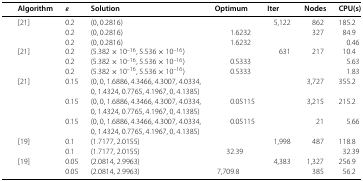
<table><thead><tr><td>[EMPTY_CELL]</td><td><b>Algorithm</b></td><td><b><i>ε</i></b></td><td><b>Solution</b></td><td><b>Optimum</b></td><td><b>Iter</b></td><td><b>Nodes</b></td><td><b>CPU(s)</b></td></tr></thead><tbody><tr><td rowspan="3">[EMPTY_CELL]</td><td>[21]</td><td>0.2</td><td>(0, 0.2816)</td><td>[EMPTY_CELL]</td><td>5,122</td><td>862</td><td>185.2</td></tr><tr><td>[EMPTY_CELL]</td><td>0.2</td><td>(0, 0.2816)</td><td>1.6232</td><td>[EMPTY_CELL]</td><td>327</td><td>84.9</td></tr><tr><td>[EMPTY_CELL]</td><td>0.2</td><td>(0, 0.2816)</td><td>1.6232</td><td>[EMPTY_CELL]</td><td>[EMPTY_CELL]</td><td>0.46</td></tr><tr><td rowspan="3">[EMPTY_CELL]</td><td>[21]</td><td>0.2</td><td>(5.382 × 10<sup>−16</sup>, 5.536 × 10<sup>−16</sup>)</td><td>[EMPTY_CELL]</td><td>631</td><td>217</td><td>10.4</td></tr><tr><td>[EMPTY_CELL]</td><td>0.2</td><td>(5.382 × 10<sup>−16</sup>, 5.536 × 10<sup>−16</sup>)</td><td>0.5333</td><td>[EMPTY_CELL]</td><td>[EMPTY_CELL]</td><td>5.63</td></tr><tr><td>[EMPTY_CELL]</td><td>0.2</td><td>(5.382 × 10<sup>−16</sup>, 5.536 × 10<sup>−16</sup>)</td><td>0.5333</td><td>[EMPTY_CELL]</td><td>[EMPTY_CELL]</td><td>1.83</td></tr><tr><td rowspan="3">[EMPTY_CELL]</td><td>[21]</td><td>0.15</td><td>(0, 0, 1.6886, 4.3466, 4.3007, 4.0334, 0, 1.4324, 0.7765, 4.1967, 0, 4.1385)</td><td>[EMPTY_CELL]</td><td>[EMPTY_CELL]</td><td>3,727</td><td>355.2</td></tr><tr><td>[EMPTY_CELL]</td><td>0.15</td><td>(0, 0, 1.6886, 4.3466, 4.3007, 4.0334, 0, 1.4324, 0.7765, 4.1967, 0, 4.1385)</td><td>0.05115</td><td>[EMPTY_CELL]</td><td>3,215</td><td>215.2</td></tr><tr><td>[EMPTY_CELL]</td><td>0.15</td><td>(0, 0, 1.6886, 4.3466, 4.3007, 4.0334, 0, 1.4324, 0.7765, 4.1967, 0, 4.1385)</td><td>0.05115</td><td>[EMPTY_CELL]</td><td>21</td><td>5.66</td></tr><tr><td rowspan="2">[EMPTY_CELL]</td><td>[19]</td><td>0.1</td><td>(1.7177, 2.0155)</td><td>[EMPTY_CELL]</td><td>1,998</td><td>487</td><td>118.8</td></tr><tr><td>[EMPTY_CELL]</td><td>0.1</td><td>(1.7177, 2.0155)</td><td>32.39</td><td>[EMPTY_CELL]</td><td>[EMPTY_CELL]</td><td>32.39</td></tr><tr><td rowspan="2">[EMPTY_CELL]</td><td>[19]</td><td>0.05</td><td>(2.0814, 2.9963)</td><td>[EMPTY_CELL]</td><td>4,383</td><td>1,327</td><td>256.9</td></tr><tr><td>[EMPTY_CELL]</td><td>0.05</td><td>(2.0814, 2.9963)</td><td>7,709.8</td><td>[EMPTY_CELL]</td><td>385</td><td>56.2</td></tr></tbody></table>